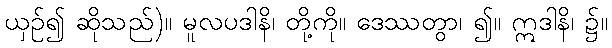
ယှဉ်၍ ဆိုသည်)။ မူလပဒါနိ၊ တို့ကို။ ဒေဿတွာ၊ ၍။ ဣဒါနိ၊ ၌။